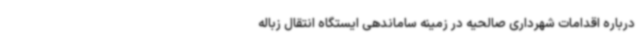
درباره اقدامات شهرداری صالحیه در زمینه ساماندهی ایستگاه انتقال زباله